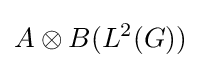
A\otimes B(L^{2}(G))